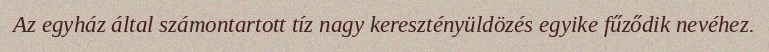
Az egyház által számontartott tíz nagy keresztényüldözés egyike fűződik nevéhez.